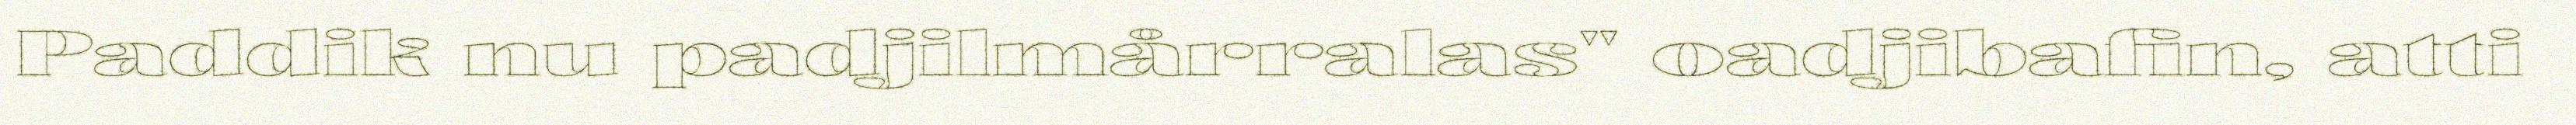
Paddik nu padjilmårralas" oadjibafin, atti